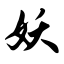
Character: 妖